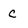
Character: C